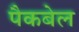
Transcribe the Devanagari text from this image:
पैकबेल